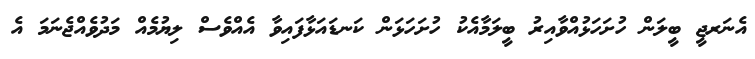
އެނަރޖީ ބީލަން ހުށަހަޅުއްވާއިރު ބީލަމާއެކު ހުށަހަޅަން ކަނޑައަޅާފައިވާ އެއްވެސް ލިޔުމެއް މަދުވެއްޖެނަމަ އެ